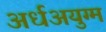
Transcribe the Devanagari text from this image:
अर्धअयुग्म